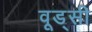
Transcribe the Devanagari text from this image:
वूड्सी